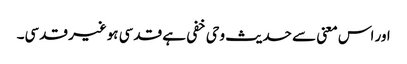
اور اس معنی سے حدیث وحی خفی ہے قدسی ہوغیر قدسی۔